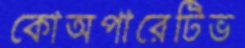
কোঅপারেটিভ